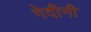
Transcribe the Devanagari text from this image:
गेदीनी